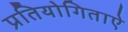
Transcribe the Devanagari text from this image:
प्रतियोगिताऐ